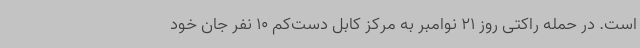
است. در حمله راکتی روز 21 نوامبر به مرکز کابل دست‌کم 10 نفر جان خود